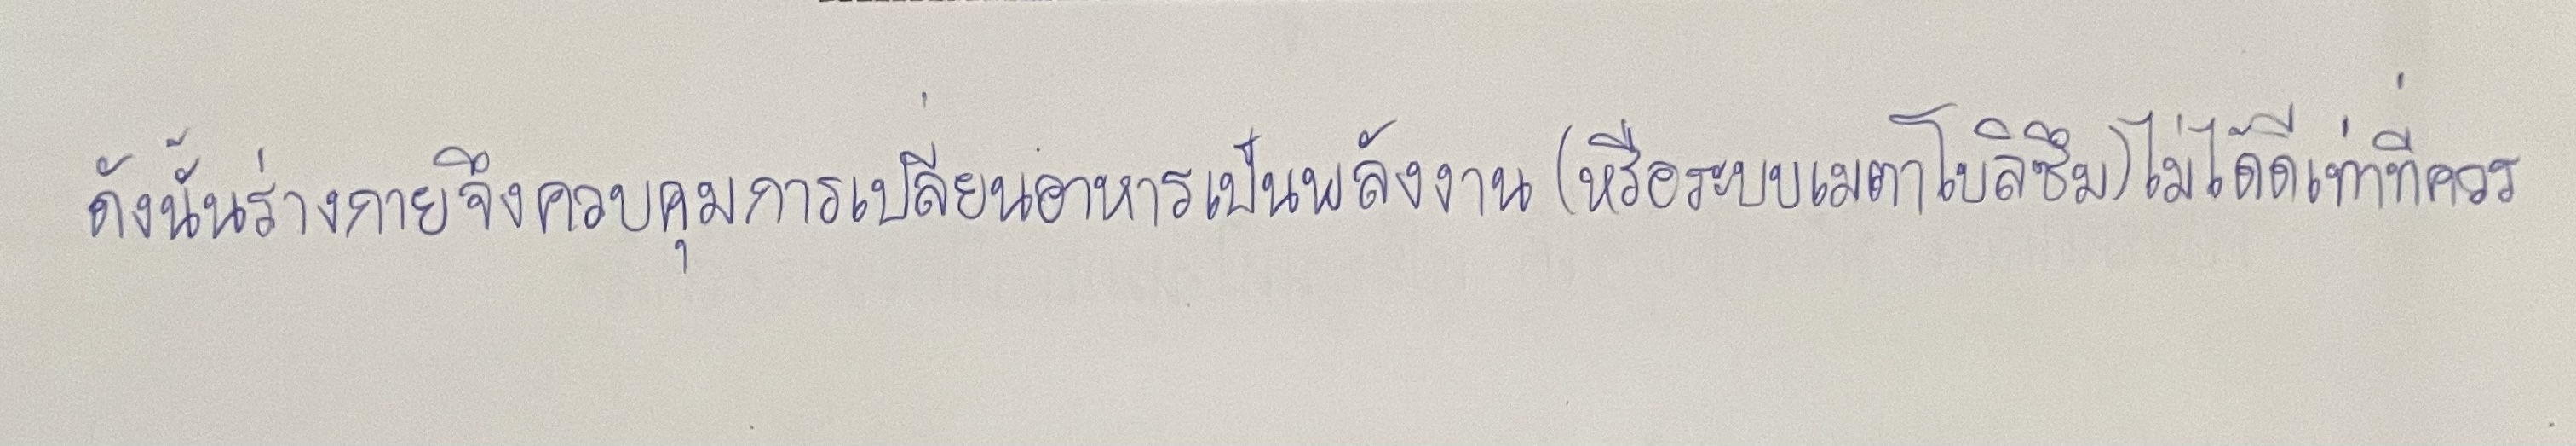
ดังนั้นร่างกายจึงควบคุมการเปลี่ยนอาหารเป็นพลังงาน(หรือระบบเมตาโบลิซึม)ไม่ได้ดีเท่าที่ควร